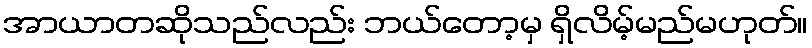
အာယာတဆိုသည်လည်း ဘယ်တော့မှ ရှိလိမ့်မည်မဟုတ်။